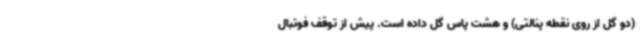
(دو گل از روی نقطه پنالتی) و هشت پاس گل داده است. پیش از توقف فوتبال